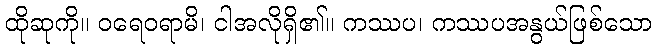
ထိုဆုကို။ ဝရေဝရာမိ၊ ငါအလိုရှိ၏။ ကဿပ၊ ကဿပအနွယ်ဖြစ်သော